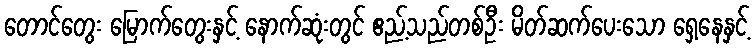
တောင်တွေး မြောက်တွေးနှင့် နောက်ဆုံးတွင် ဧည့်သည်တစ်ဦး မိတ်ဆက်ပေးသော ရှေ့နေနှင့်